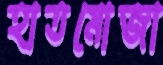
হাতমোজা